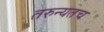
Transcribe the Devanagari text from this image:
तरुन्यतच